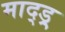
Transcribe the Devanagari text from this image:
माद्ड्र्